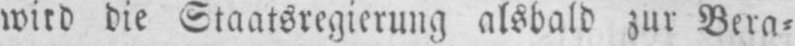
wird die Staatsregierung alsbald zur Bera⸗